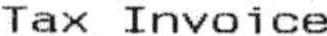
TAX INVOICE